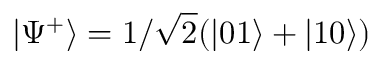
\left| \Psi ^ { + } \right\rangle = 1 / \sqrt { 2 } ( | 0 1 \rangle + | 1 0 \rangle )